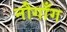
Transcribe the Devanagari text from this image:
नौगाँग